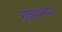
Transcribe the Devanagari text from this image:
ख़ामनम